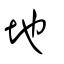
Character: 𡒰